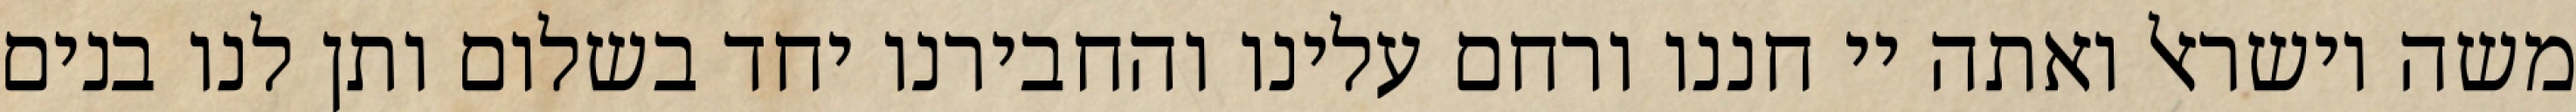
משה וישראל ואתה יי חננו ורחם עלינו והחבירנו יחד בשלום ותן לנו בנים